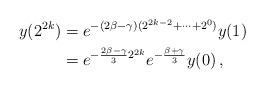
LaTeX: \begin{align*}y(2^{2k})&=e^{-(2\beta-\gamma)(2^{2k-2}+\dots+ 2^0)}y(1)\\&=e^{-\frac{2\beta-\gamma}{3}2^{2k}}e^{-\frac{\beta+\gamma}{3}} y(0)\,,\end{align*}